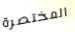
المختصرة